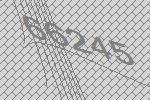
66245